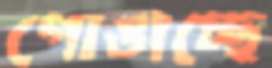
গোঙাচ্ছে